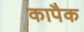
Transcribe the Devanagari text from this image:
कापैक